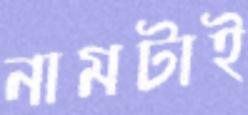
নামটাই